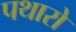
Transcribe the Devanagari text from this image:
पथारो